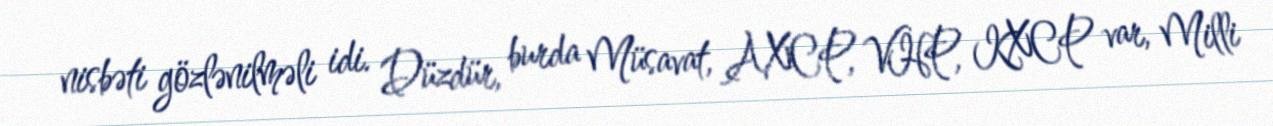
nisbəti gözlənilməli idi. Düzdür, burda Müsavat, AXCP, VHP, KXCP var, Milli